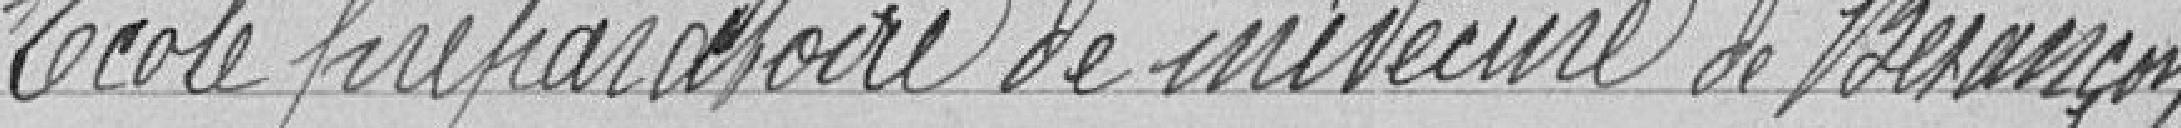
Ecole préparatoire de médecine de BESANCON